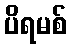
ပိရမစ်